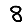
Digit: 8